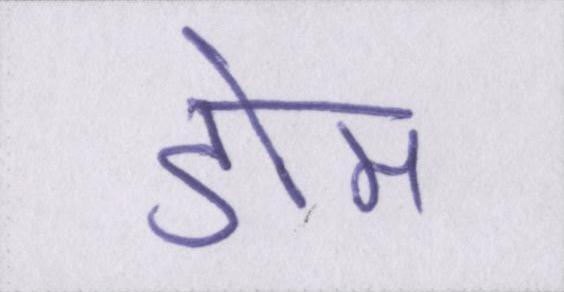
डोम